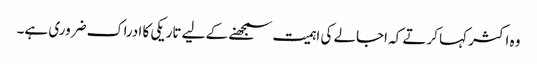
وہ اکثر کہا کرتے کہ اجالے کی اہمیت سمجھنے کے لیے تاریکی کا ادراک ضروری ہے۔